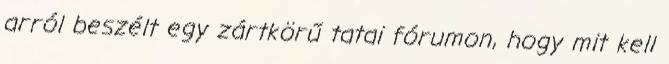
arról beszélt egy zártkörű tatai fórumon, hogy mit kell